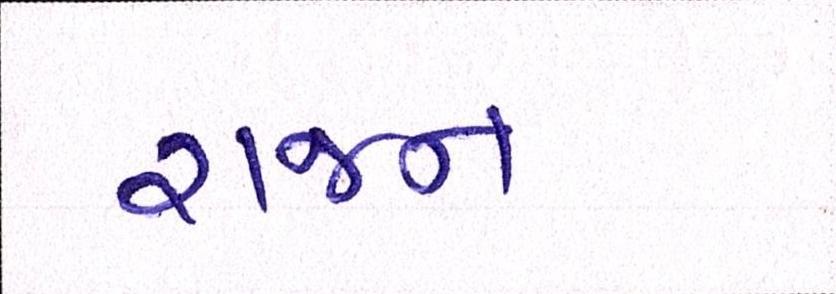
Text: રાજન